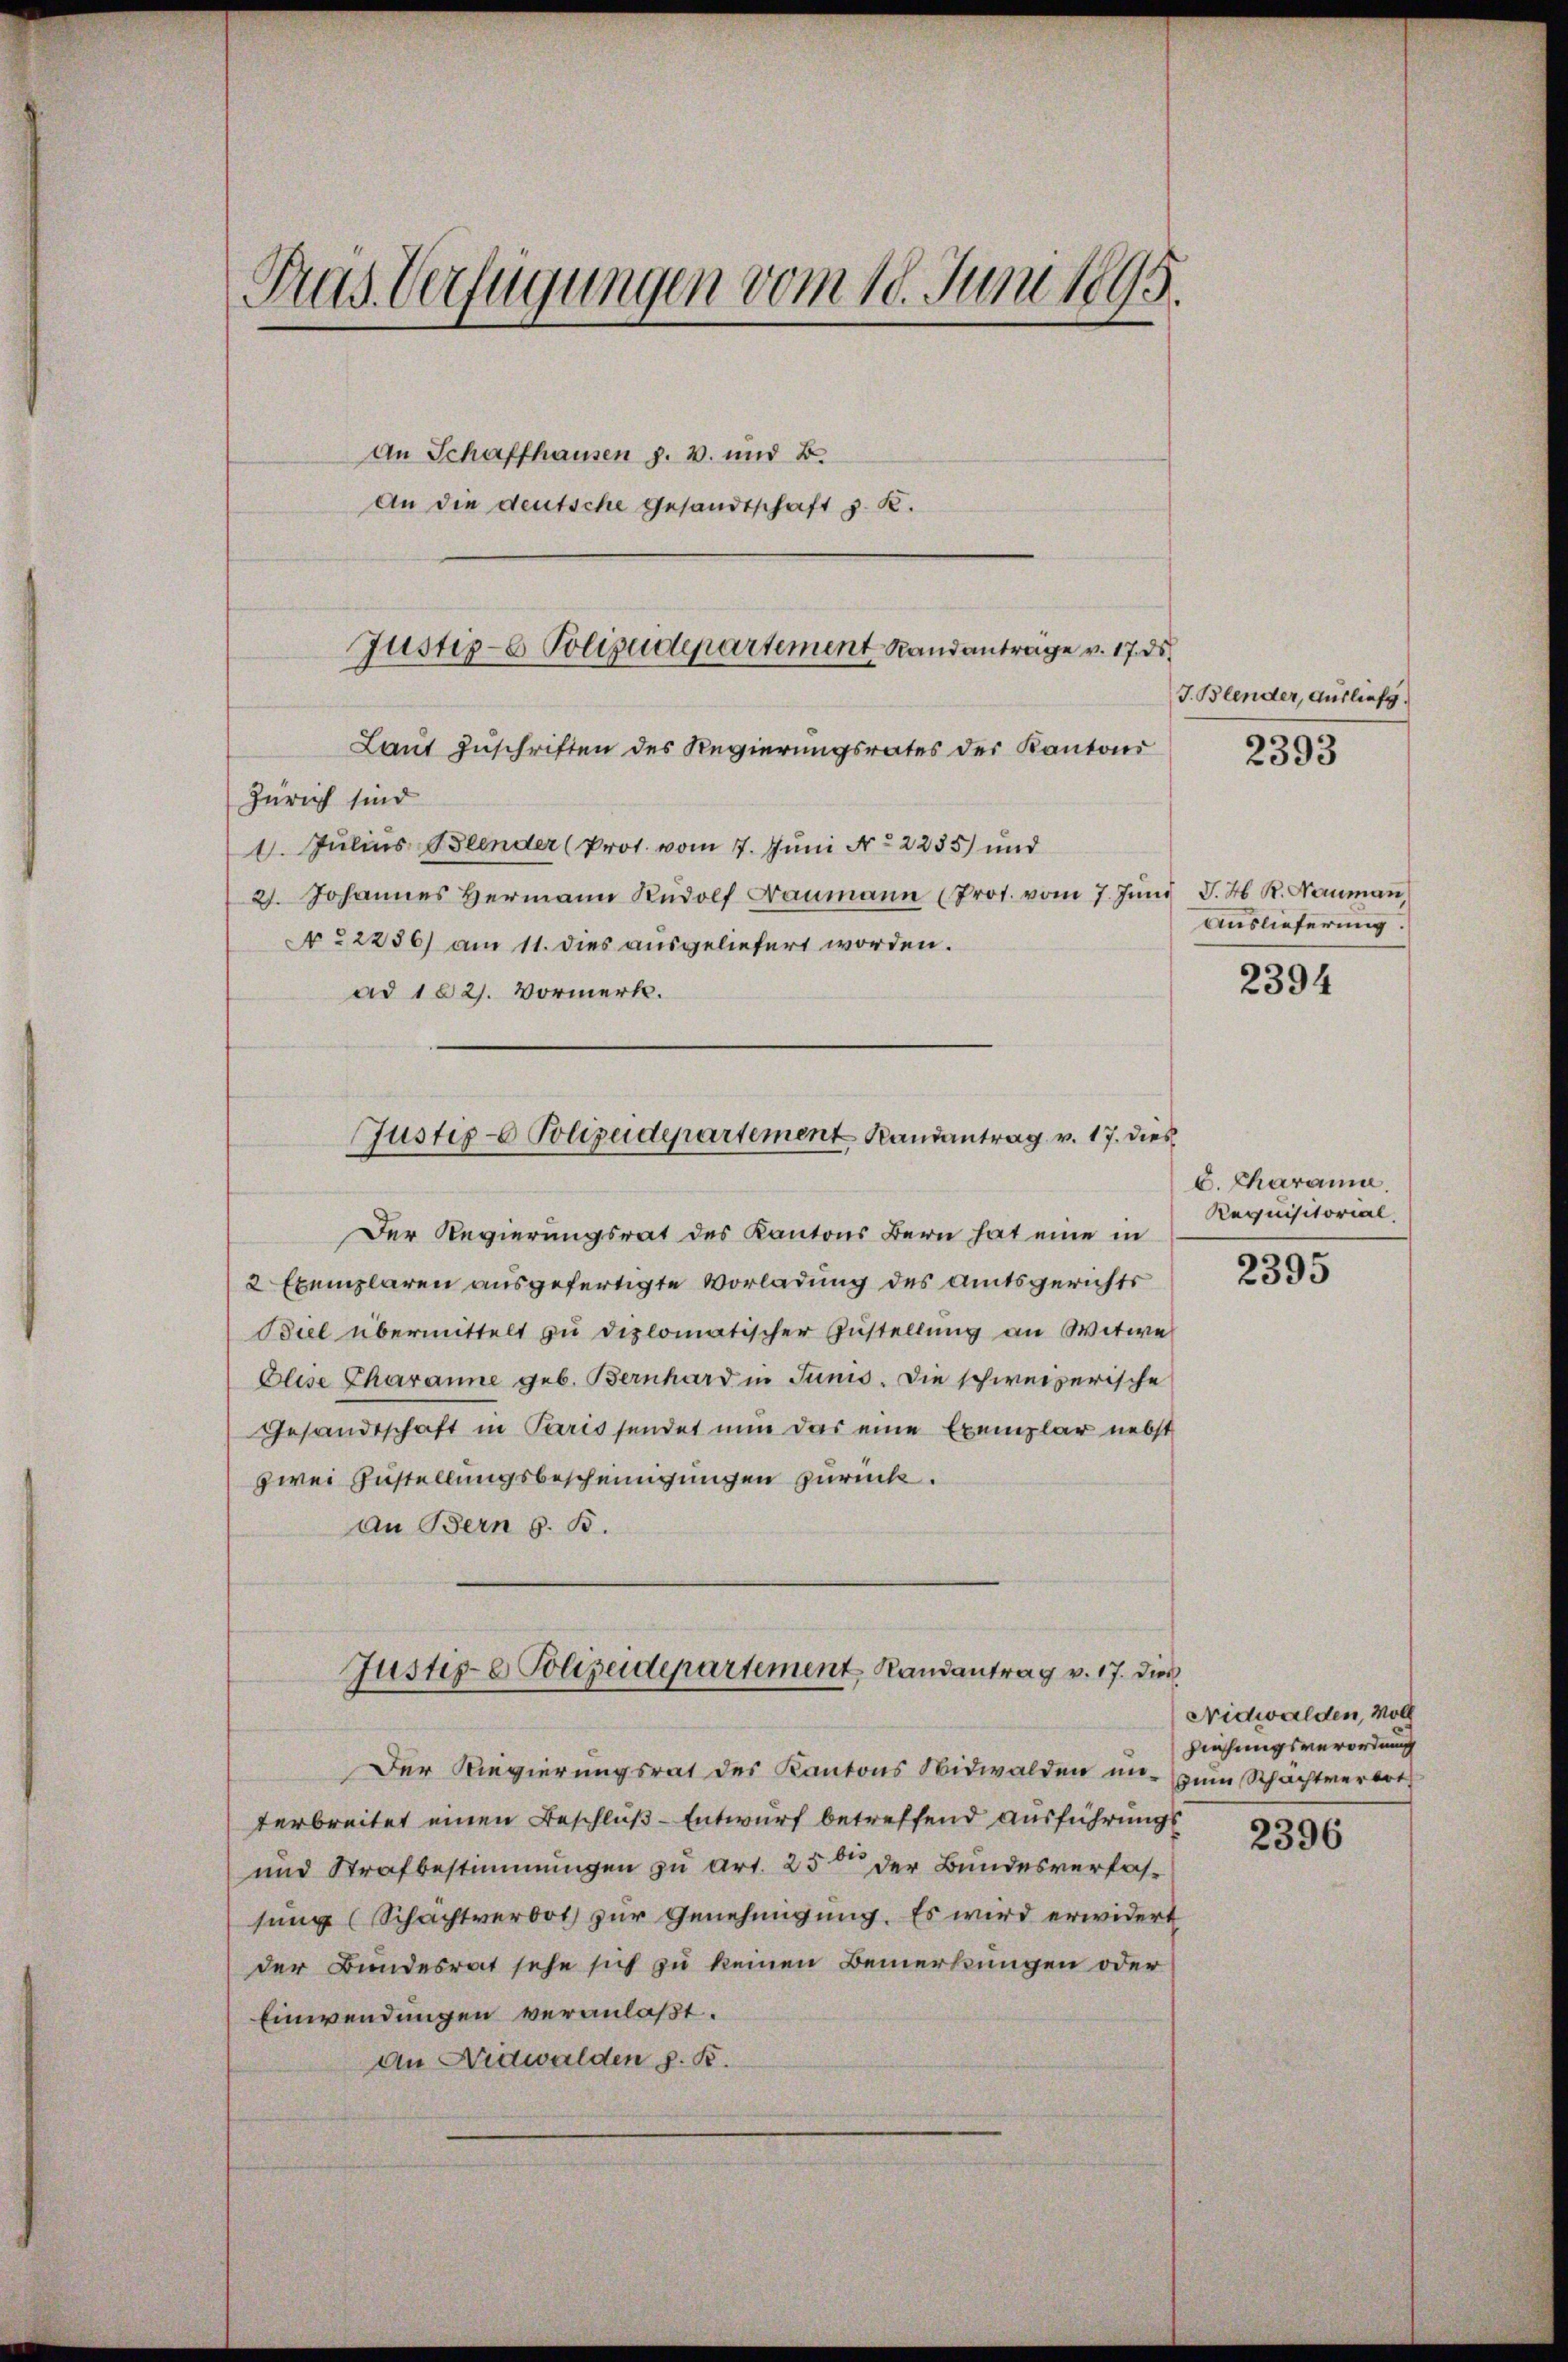
Tras Verfügungen vom 10. Juni 1895.
An Schaffhausen p. v. und 2.
¬
An die deutsche Gesandtschaft z. K.

Justiz- & Polizeidepartement Randantrage v. 17. ds

Laut Zuschriften des Regierungsrates der Kantons
Zürich sind
1. Julius Beender (Prot. vom 7. Juni No 2255) und
2. Johannes Hermann Rŭdolf Baumann (Prot. vom 7. Jŭni J. H. R. Baŭmaṅ,
N 22286) am 11. dies ausgeliefert worden.
ad 102. Vormerk.

Justiz- Polizeidepartement Randantrag v. 17. dies

Der Regierungsrat des Kantons Bern hat eine in
2 Exemplaren ausgefertigte Vorladung des Amtsgerichts
Biel übermittelt zu diplomatischer Zustellung an Witwe
Elise Charanne geb. Bernhard in Junis. Die schweizerische
Gesandtschaft in Parissendet nun das eine Exemplar nebst
zwei Zustellungsbescheinigungen zurück.
An Bern G. B.
Justiz- & Polizeidepartement Randantrag v. 17. Dies
Der Regierungsrat des Kantons Nidwalden un-
terbreitet einen Beschluß-Entwurf betreffend ausführungs
und Strafbestimmungen zu art. 25 t der Bundesverfassung (Schachtverbot zur Genehmigung. Es wird erwidert
der Bundesrat sehe sich zu keinen Bemerkungen oder
Einwendungen veranlaßt.
an Nidwalden z. B.

J. Blender, Ausliefg.

2393

2394

Auslieferung

C. Charame
Requisitorial.

2395

Nidwalden, voll
Ziehungsverordnung
zum Schachtverbot

2396